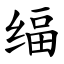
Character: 䌿